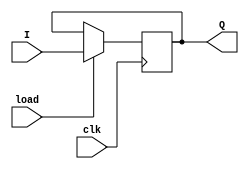
`timescale 1ns / 1ps
//////////////////////////////////////////////////////////////////////////////////
// Company: 
// Engineer: 
// 
// Design Name: 
// Module Name: simple_register_load
// Project Name: 
// Target Devices: 
// Tool Versions: 
// Description: 
// 
// Dependencies: 
// 
// Revision:
// Revision 0.01 - File Created
// Additional Comments:
// 
//////////////////////////////////////////////////////////////////////////////////


module simple_register_load
    #(parameter N = 4)
    (
    input clk,
    input load,
    input [N-1:0] I,
    output [N-1:0] Q
    );
    reg [N-1:0] Q_reg ,Q_next;
    always @ (posedge clk)
    begin
        Q_reg <=Q_next;        
    end
    always @ (I,load)
    begin
        if (load)
            Q_next = I;
        else
            Q_next = Q_reg;
    end
    assign Q = Q_reg;
endmodule